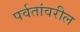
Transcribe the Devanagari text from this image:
पर्वतांवरील